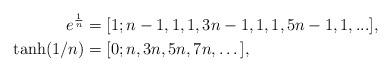
LaTeX: \begin{align*}e^{\frac{1}{n}} &= [1; n - 1, 1, 1, 3 n- 1, 1, 1, 5n-1, 1,... ],\\ \tanh (1/n) &= [0; n, 3n, 5n,7n,\dots],\end{align*}